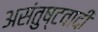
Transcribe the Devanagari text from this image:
असंतुष्टवादी